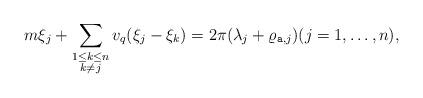
LaTeX: \begin{align*}m\xi_j+ \sum_{\substack{ 1\leq k\leq n \\ k\neq j}} v_q(\xi_j-\xi_k)=2\pi (\lambda_j+\varrho_{\texttt{a},j})(j=1,\ldots ,n),\end{align*}